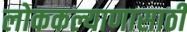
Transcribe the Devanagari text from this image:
लोककल्याणासाठी